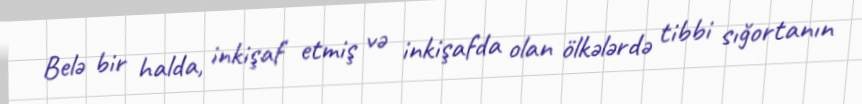
Belə bir halda, inkişaf etmiş və inkişafda olan ölkələrdə tibbi sığortanın